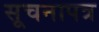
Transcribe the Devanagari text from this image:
सूचनापत्र